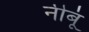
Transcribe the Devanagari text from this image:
नीबूं